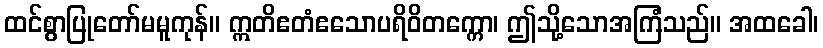
ထင်စွာပြုတော်မမူကုန်။ ဣတိဧတံဧသောပရိဝိတက္ကော၊ ဤသို့သောအကြံသည်။ အထခေါ၊